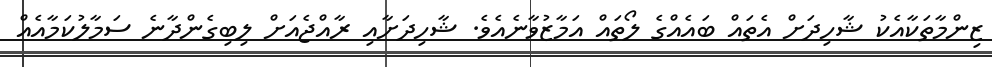
ޒިންމާތަކާއެކު ޝާހިދަށް އެތައް ބައެއްގެ ލޯތައް އަމާޒުވާނެއެވެ. ޝާހިދަށާއި ރާއްޖެއަށް ލިބިގެންދާނެ ސަމާލުކަމާއެއް